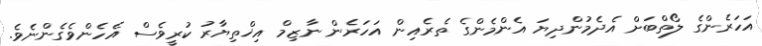
އަހަރެންގެ ލޯތްބަށް އެދެމުންދިޔަ އެންމެންގެ ތެރެއިން އަހަރެން ނާޒިމް އިޚްތިޔާރު ކުރީވެސް އެހެންވެގެންނެވެ.